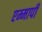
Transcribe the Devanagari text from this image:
एम्मापी